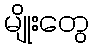
မျိုးတွေ